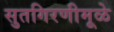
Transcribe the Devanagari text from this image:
सुतगिरणीमूळे